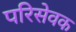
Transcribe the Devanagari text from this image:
परिसेवक